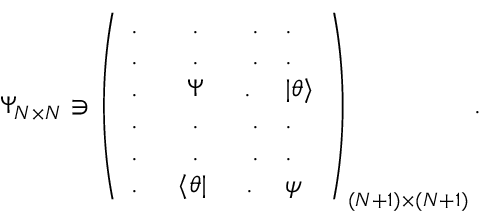
\Psi _ { N \times N } \ni \left( \begin{array} { l l } { { . \qquad . \qquad . } } & { { . } } \\ { { . \qquad . \qquad . } } & { { . } } \\ { { . \quad \, \, \, \, \, \Psi \quad \, \, \, . } } & { { | \theta \rangle } } \\ { { . \qquad . \qquad . } } & { { . } } \\ { { . \qquad . \qquad . } } & { { . } } \\ { { . \quad \, \, \, \langle \theta | \, \, \, \quad . } } & { { \psi } } \end{array} \right) _ { ( N + 1 ) \times ( N + 1 ) } .